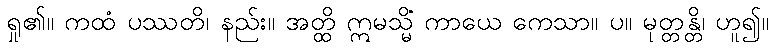
ရှု၏။ ကထံ ပဿတိ၊ နည်း။ အတ္ထိ ဣမသ္မိံ ကာယေ ကေသာ။ ပ။ မုတ္တန္တိ၊ ဟူ၍။